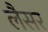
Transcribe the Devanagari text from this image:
लैसर